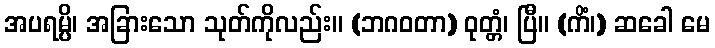
အပရမ္ပိ၊ အခြားသော သုတ်ကိုလည်း။ (ဘဂဝတာ) ဝုတ္တံ၊ ပြီ။ (ကိံ၊) ဆခေါ မေ